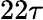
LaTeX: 22\tau